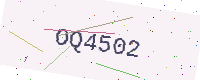
Text: OQ4502